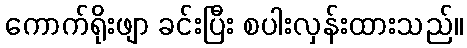
ကောက်ရိုးဖျာ ခင်းပြီး စပါးလှန်းထားသည်။